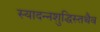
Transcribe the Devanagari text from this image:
स्यादन्नशुद्धिस्तथैव